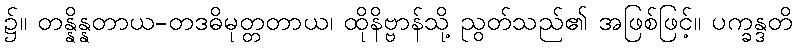
၌။ တန္နိန္နတာယ-တဒဓိမုတ္တတာယ၊ ထိုနိဗ္ဗာန်သို့ ညွတ်သည်၏ အဖြစ်ဖြင့်။ ပက္ခန္ဒတိ